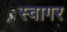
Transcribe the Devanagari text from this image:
स्वागर